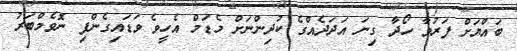
ބައްޔަށް ފަރުވާ ހޯދާ ގިނަ އަދަދެއްގެ ކުދިންނަށް މެޑަމް އެހީވެ ވަޑައިގެންފި ނޮވެމްބަރު